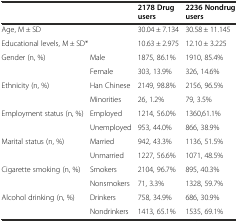
| <COLSPAN=2>  | 2178 Drug users | 2236 Nondrug users |
 | --- | --- | --- | --- |
 | <COLSPAN=2> Age, M ± SD | 30.04 ± 7.134 | 30.58 ± 11.145 |
 | <COLSPAN=2> Educational levels, M ± SD* | 10.63 ± 2.975 | 12.10 ± 3.225 |
 | <ROWSPAN=2> Gender (n, %) | Male | 1875, 86.1% | 1910, 85.4% |
 | Female | 303, 13.9% | 326, 14.6% |
 | <ROWSPAN=2> Ethnicity (n, %) | Han Chinese | 2149, 98.8% | 2156, 96.5% |
 | Minorities | 26, 1.2% | 79, 3.5% |
 | <ROWSPAN=2> Employment status (n, %) | Employed | 1214, 56.0% | 1360,61.1% |
 | Unemployed | 953, 44.0% | 866, 38.9% |
 | <ROWSPAN=2> Marital status (n, %) | Married | 942, 43.3% | 1136, 51.5% |
 | Unmarried | 1227, 56.6% | 1071, 48.5% |
 | <ROWSPAN=2> Cigarette smoking (n, %) | Smokers | 2104, 96.7% | 895, 40.3% |
 | Nonsmokers | 71, 3.3% | 1328, 59.7% |
 | <ROWSPAN=2> Alcohol drinking (n, %) | Drinkers | 758, 34.9% | 686, 30.9% |
 | Nondrinkers | 1413, 65.1% | 1535, 69.1% |